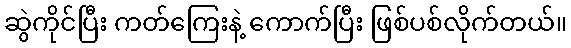
ဆွဲကိုင်ပြီး ကတ်ကြေးနဲ့ ကောက်ပြီး ဖြစ်ပစ်လိုက်တယ်။